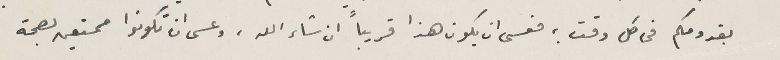
بقدومكم فى كل وقت ؛ فعسى ان يكون هذا قريباً ان شاء الله، وعسى ان تكونوا ممتعين بصحة